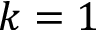
k = 1